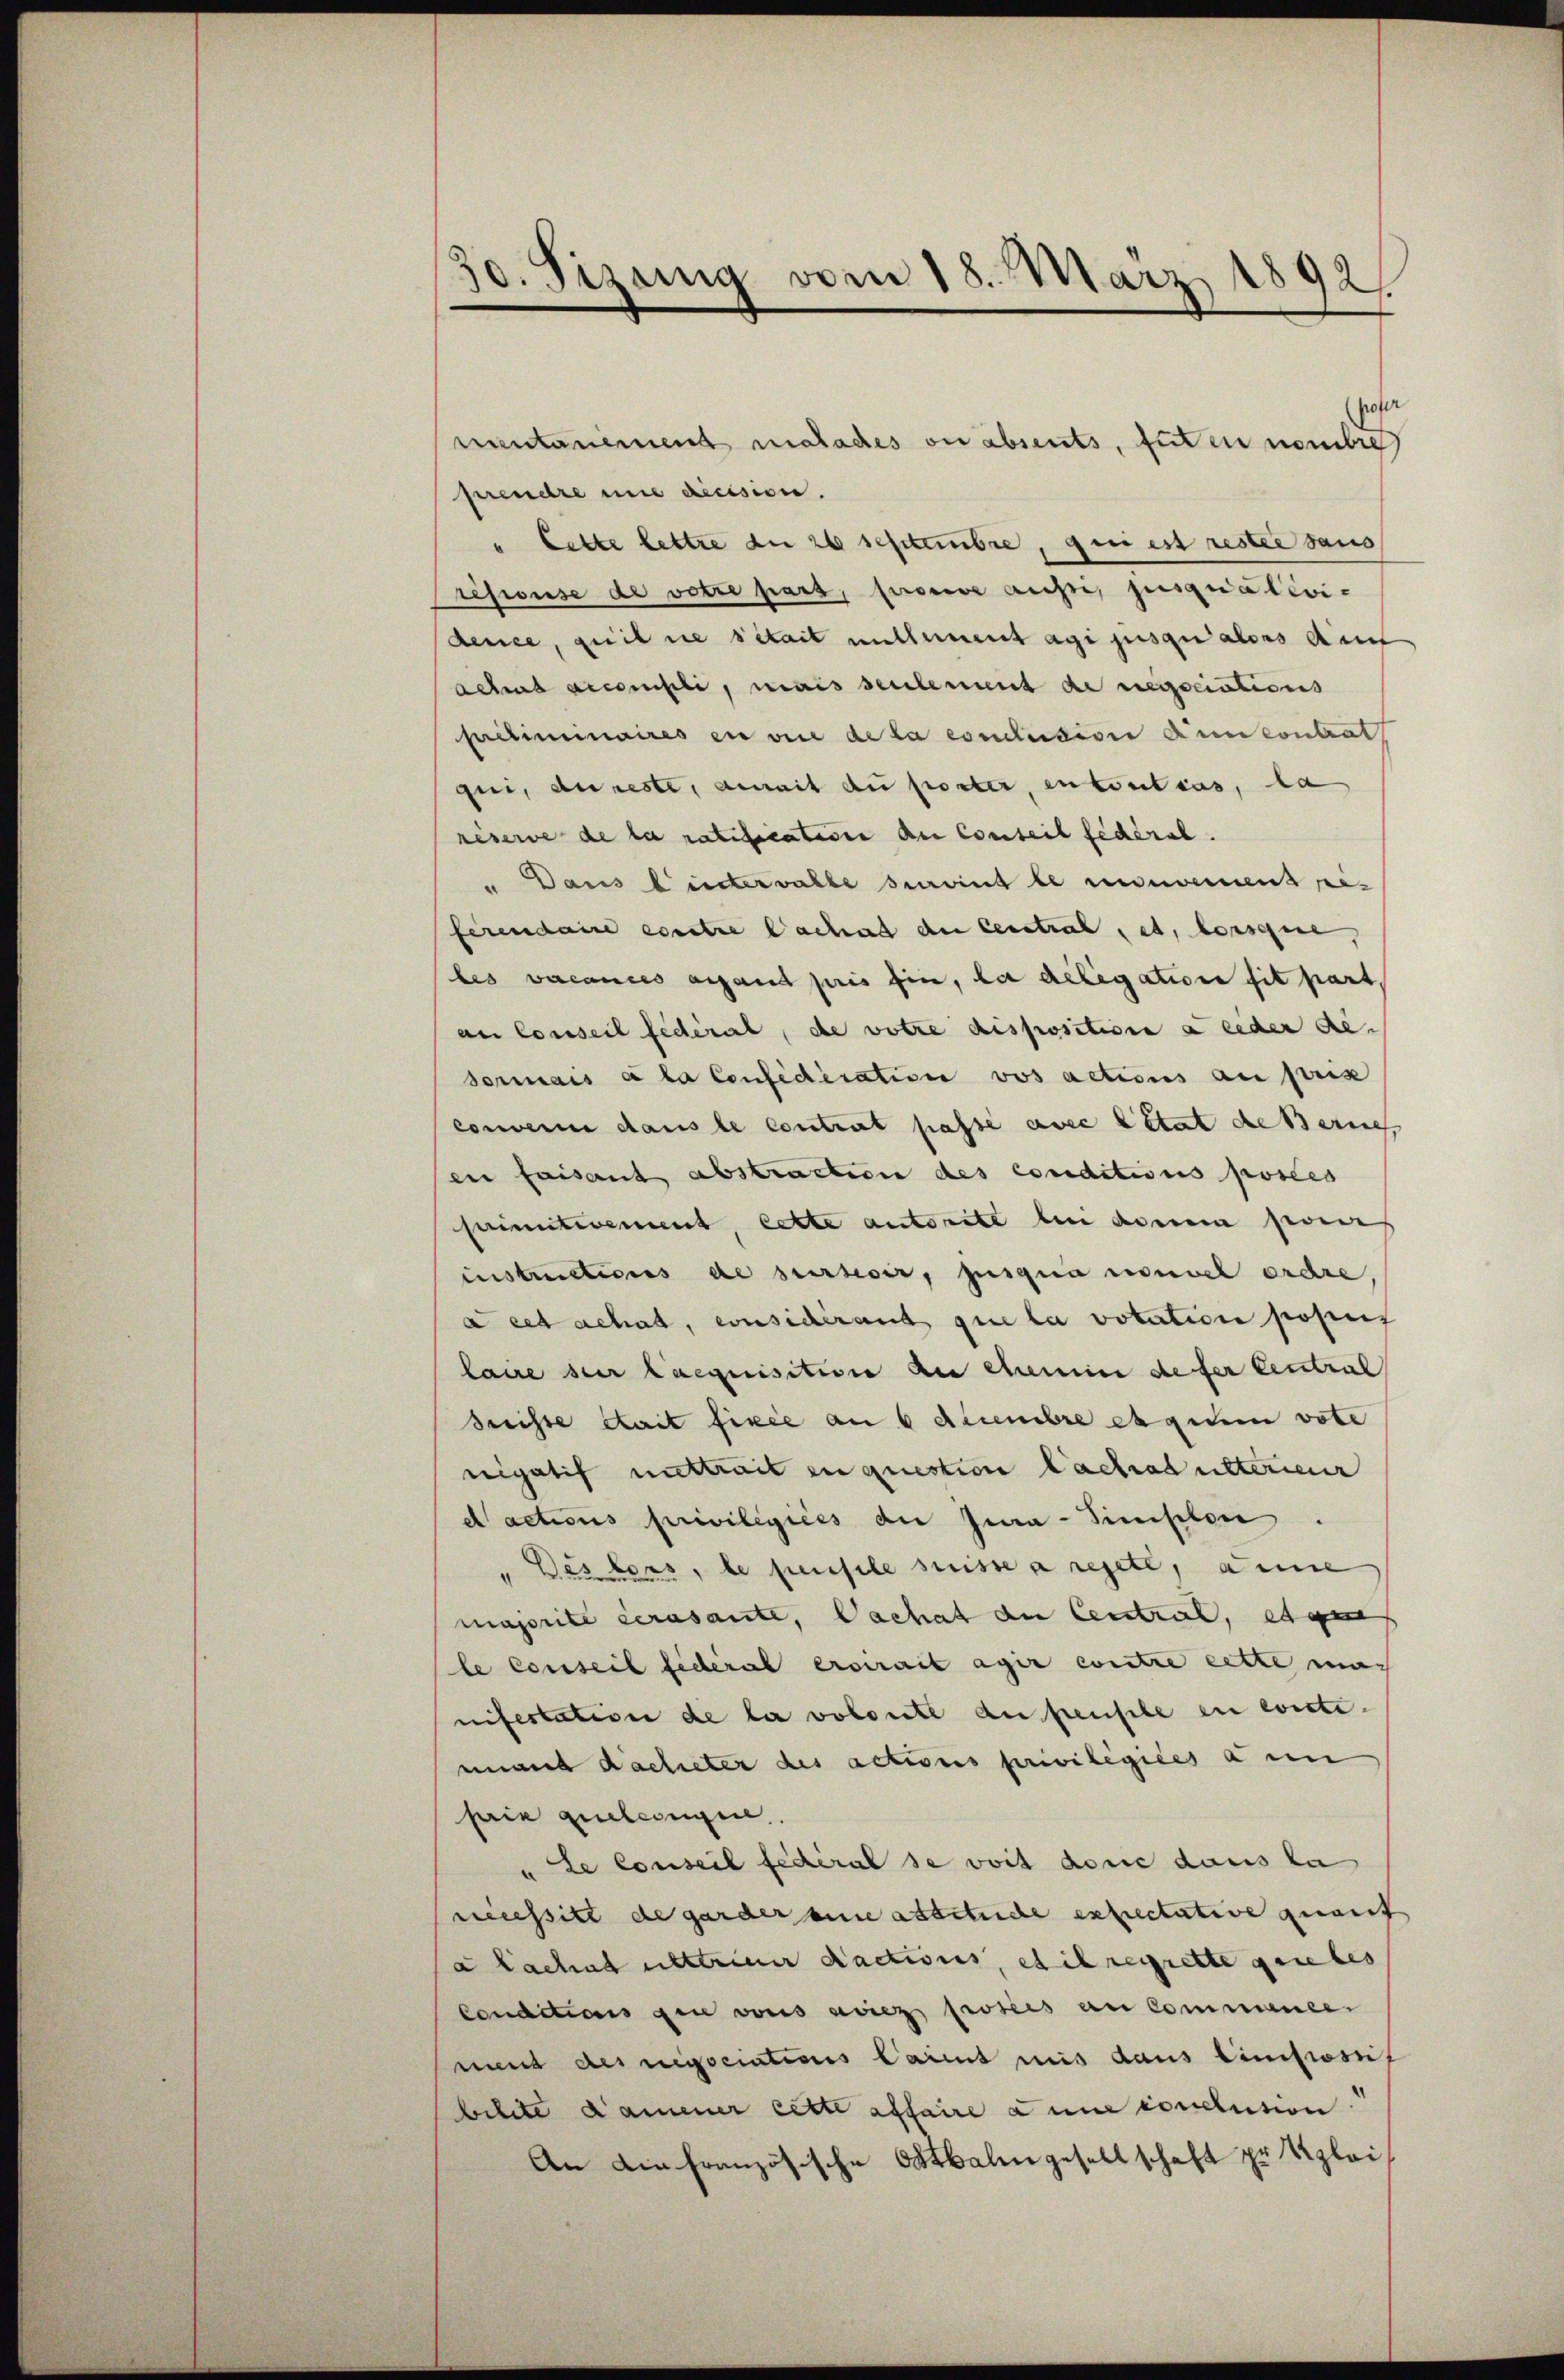
30. Sizung vom 18. März 1892.

(sofer
ventanement malades ou absents, tuten nombre
prendre une decision.
" Lette lettre die 26 schenbre, qui est rester saus
resionse de votre pars, prouve aussi jusqualevi-
dence, quit nie sitait mitleiment agi jusqualons deut
Schres accompli, mais seulement de regociations
peliminaires in eine de la conclusion d’un contrat
qui, au reste, aurait du porter, en toutes, la
reserve de la ratification de Conseil fédéral.
Dans linderselbe seront le neuement eiferendaire contre lachat der Central, et, lorsque,
bes vacances angend pris ein, da delegation sit part
an Conseil fédéral, de votre disposition a eeder Resermais à la Confidication vos actions au pris
converne dans le contrat passe avec l’état de Berneh
en faisant abstraction des conditions posées
sautweint, lette autorite bei denem jewei
instructions de survoir, jusqua nouvel erehre
à cet achat, considérant que la votation posit
laire sur laequisition du chemin defer Central
Srrisse stait fixée am 6 decembre es gutem vote
nigatif mittrait en question lachradulterienr
dactions privilégiées die Jura - Simplen
"Des bars, le pensele suisse a rejete, anne
majorite Serasante, Dachat der Central, es gen
le conseil fidéral ersirait agir contre cette mach
nifestation de la volonte an pensele en eveste.
mnant dacheter des actions privilégiées à un
sin quellingere
u le Conseil fédéral se voit dene daus ka
necessite de garder eine absituche erfreitative guauf
a Lachet unteriner dactions, et il regrette griebes
conditions den von dies protes an Commense
nund des negociations Caient mis dans Einstoss
bilite kamener cette affaire à une conclusion.
An die französische Oktbalengesellschaft zu Uplai